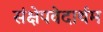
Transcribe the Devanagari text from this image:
संक्षेपवेदार्थम